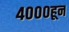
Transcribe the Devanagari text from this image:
४०००हून